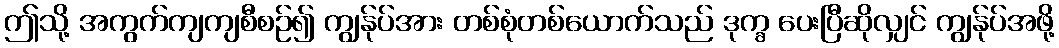
ဤသို့ အကွက်ကျကျစီစဉ်၍ ကျွန်ုပ်အား တစ်စုံတစ်ယောက်သည် ဒုက္ခ ပေးပြီဆိုလျှင် ကျွန်ုပ်အဖို့